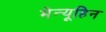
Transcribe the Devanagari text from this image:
मेन्यूहिन